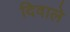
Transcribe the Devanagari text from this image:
दिवाले